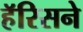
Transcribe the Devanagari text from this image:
हॅरिसने